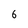
Character: 6